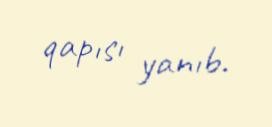
qapısı yanıb.